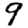
Digit: 9